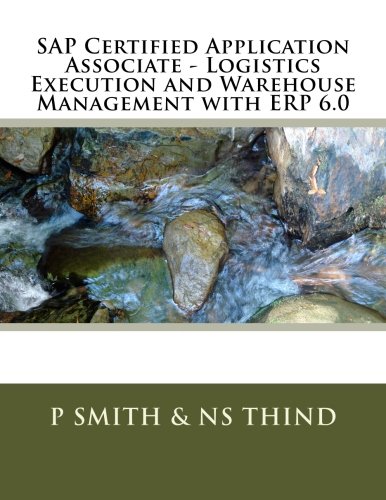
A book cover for SAP Certified Application Associate - Logistics Execution and Warehouse Management with ERP 6.0; P Smith; Business & Money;